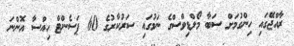
ރާއްޖޭގައި ހިންގުމަށް ސަބާ މޯލްޑިވްސްގެ ނަމުގައި ސަރުކާރުގެ 60 ޕަސެންޓް ހިއްސާ އޮންނަ